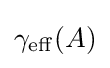
\gamma _{\mathrm {eff} }(A)